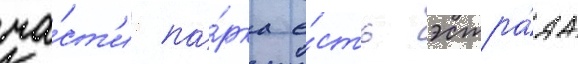
ча́ст'и па́рка е́сть эстра́да